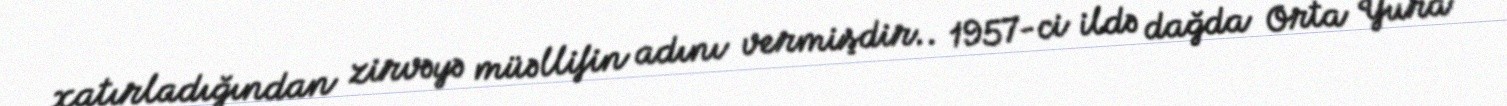
xatırladığından zirvəyə müəllifin adını vermişdir.. 1957-ci ildə dağda Orta Yura